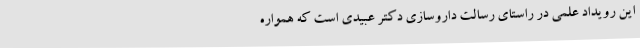
این رویداد علمی در راستای رسالت داروسازی دکتر عبیدی است که همواره